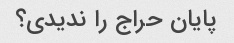
پایان حراج را ندیدی؟